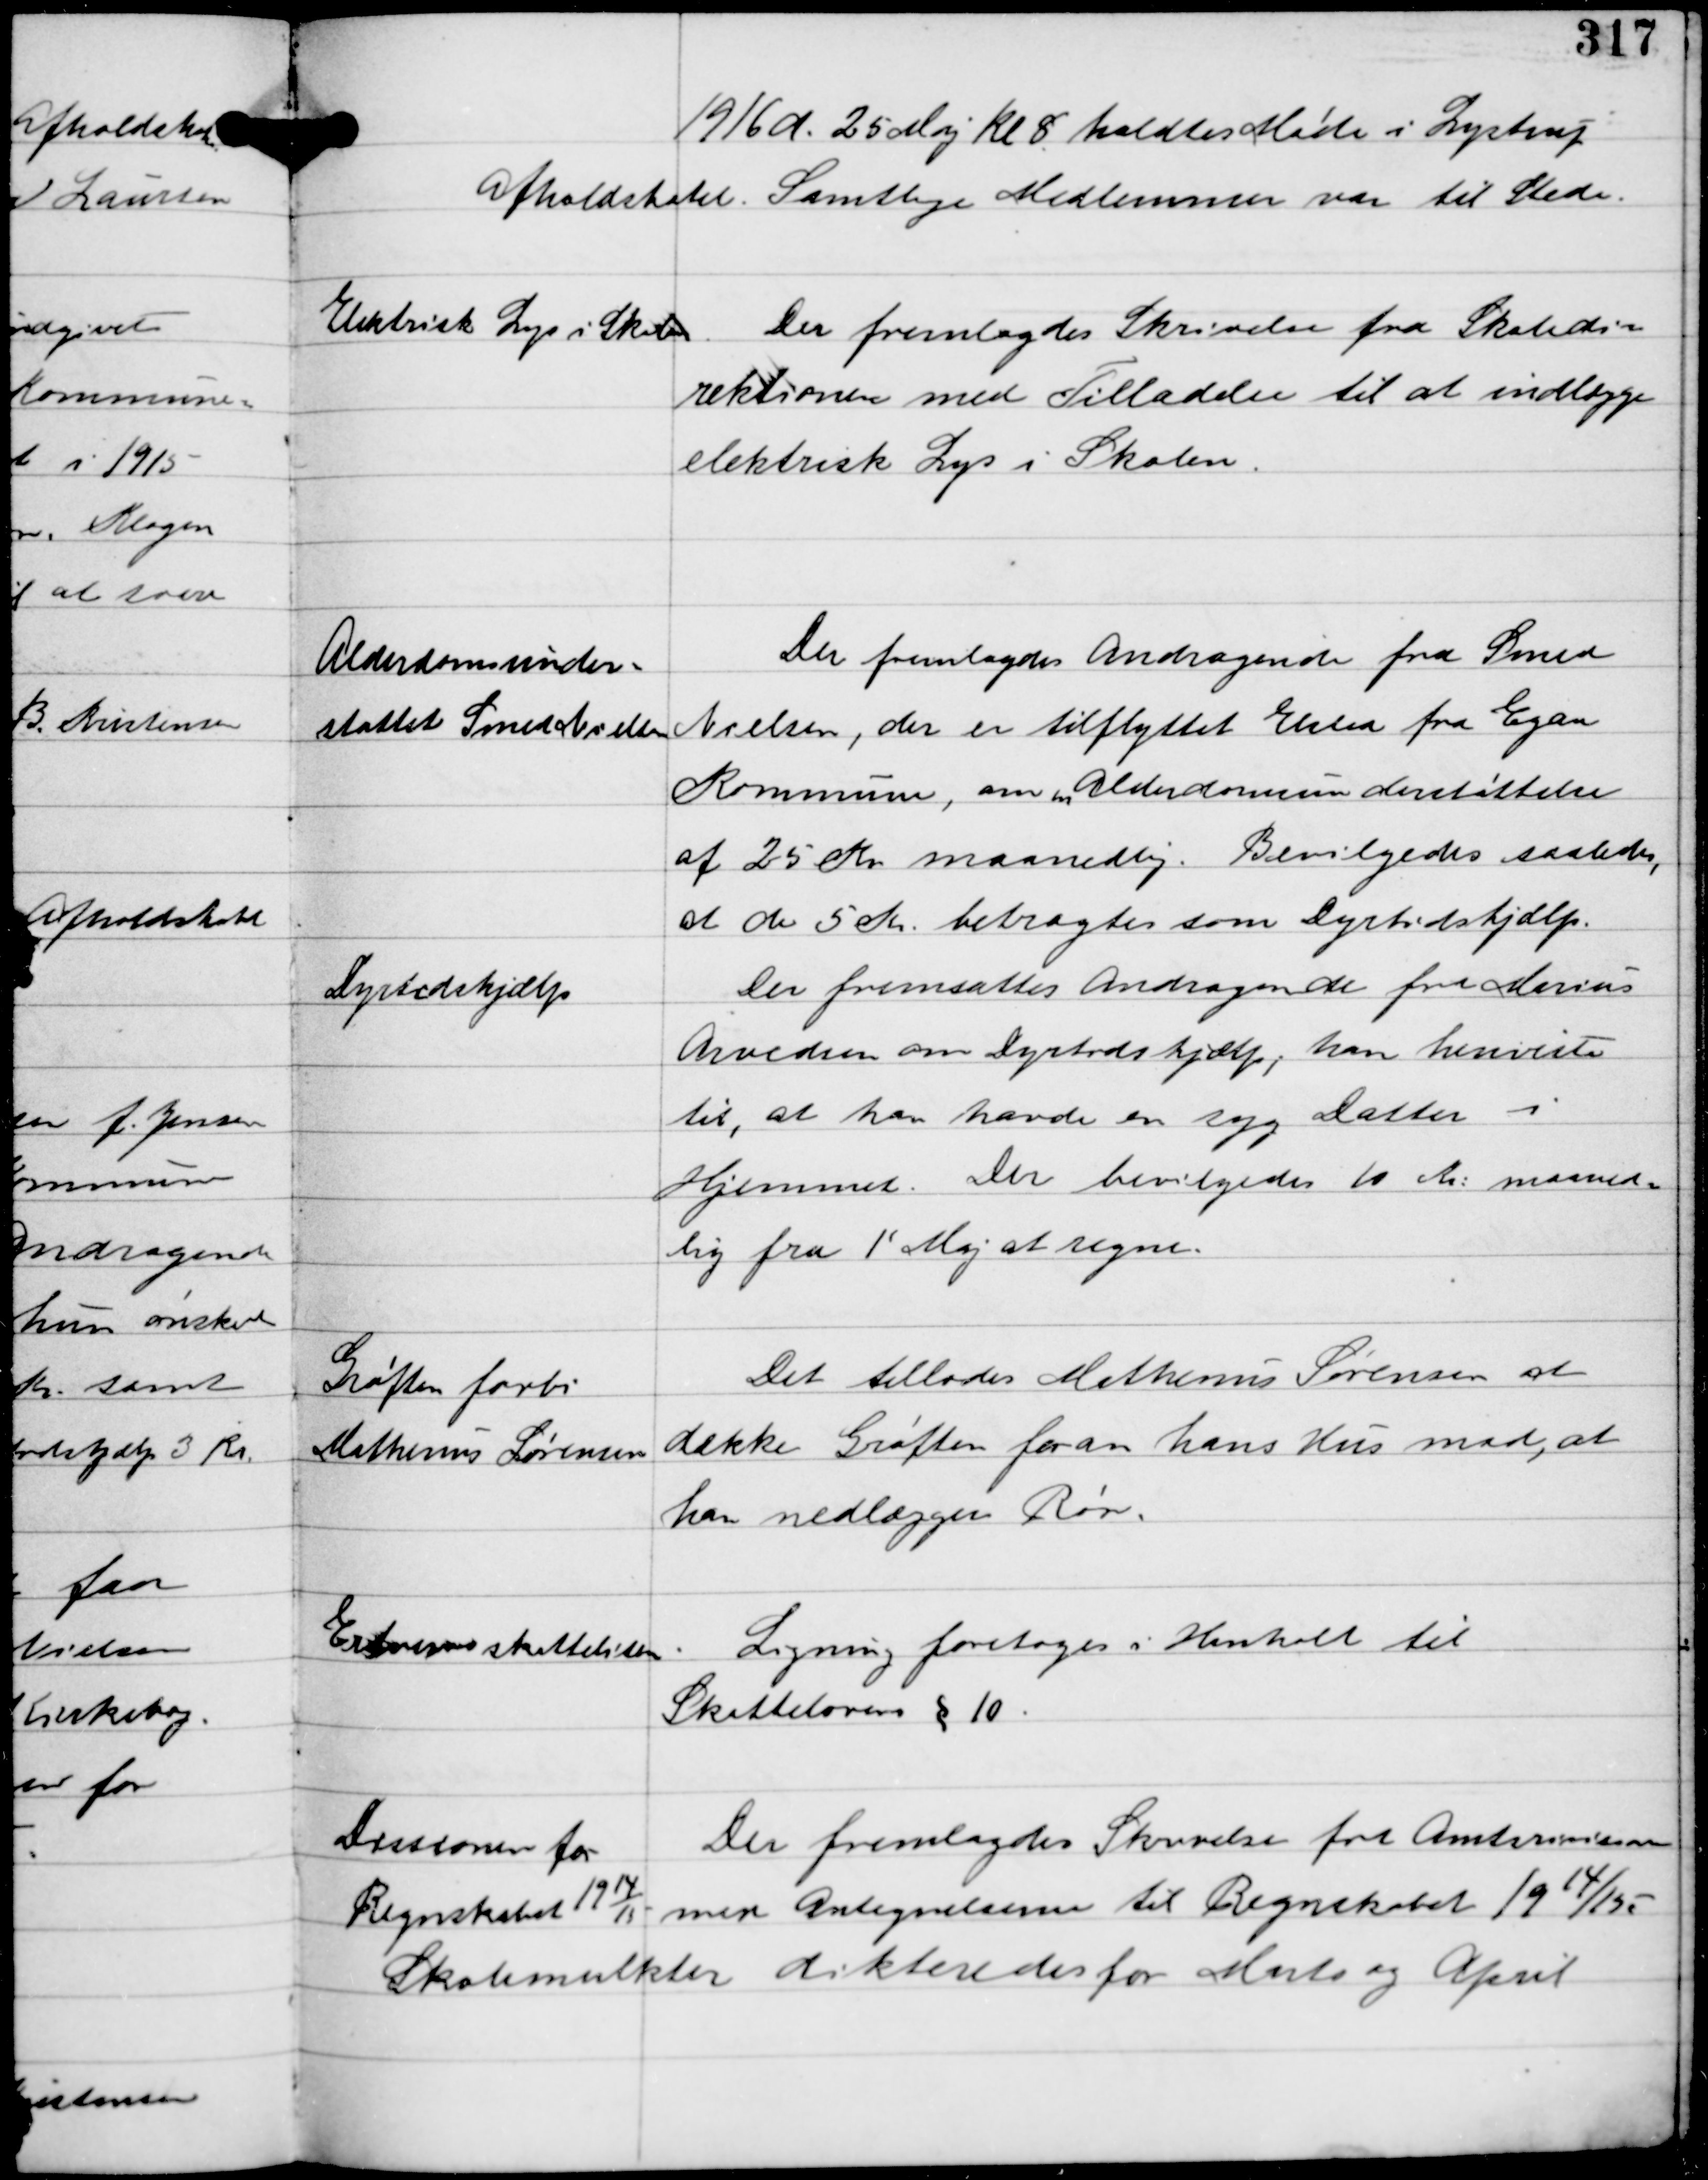
Transskription:
1916 d. 25 Maj kl 8 holdtes Møde i Lystrup
Afholdshotel. Samtlige Medlemmer var til Stede.

Elektrisk Lys i Skolen

Der fremlagdes Skrivelse fra Skoledi-
rektionen med Tilladelse til at indlægge
elektrisk Lys i Skolen.

Alderdomsunder-
støttede Smed Nielsen

Der fremlagdes Andragende fra Smed
Nielsen, der er tilflyttet Elsted fra Egaa
Kommune, om Alderdomsunderstøttelse
af 25 Kr. maanedlig. Bevilligedes saaledes,
at de 5 Kr. betragtes som Dyrtidshjælp.

Dyrtidshjælp

Der fremsattes Andragende fra Marius
Arvedsen om Dyrtidshjælp, han henviste
til, at han havde en syg Datter i
Hjemmet. Der bevilgedes 10 Kr. maaned-
lig fra 1' Maj at regne.

Grøften forbi
Mathinus Sørensen

Det tillades Mathinus Sørensen at
dække Grøften foran hans Hus mod, at
han nedlægger Rør.

Erhvervsskattelisten

Ligning foretages i Henhold til
Skattelovens § 10.

Dissionen for
Regnskabet 19
14
15

Der fremlagdes Skrivelse fra Amtsrevisionen
med Antegnelserne til Regnskabet 1914/15

Skolemulkter dikteredes for Marts og April